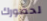
لحضورك